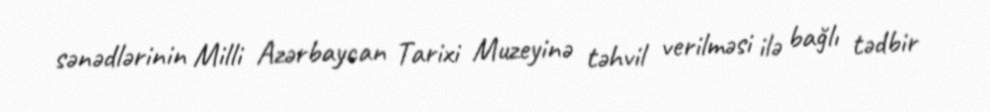
sənədlərinin Milli Azərbaycan Tarixi Muzeyinə təhvil verilməsi ilə bağlı tədbir